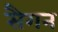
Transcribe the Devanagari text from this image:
सैगन